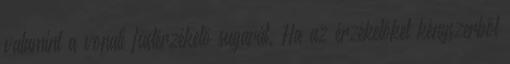
valamint a vonali füstérzékelõ sugarát. Ha az érzékelõket kényszerbõl